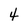
Character: 4